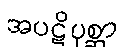
အပဋိပုစ္ဆာ